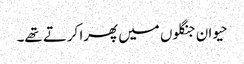
حیوان جنگلوں میں پھرا کرتے تھے۔